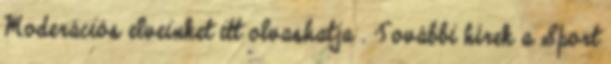
Moderációs elveinket itt olvashatja . További hírek a Sport